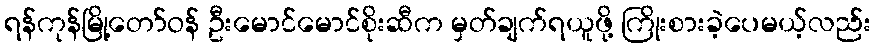
ရန်ကုန်မြို့တော်ဝန် ဦးမောင်မောင်စိုးဆီက မှတ်ချက်ရယူဖို့ ကြိုးစားခဲ့ပေမယ့်လည်း